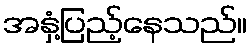
အနှံ့ပြည့်နေသည်။